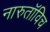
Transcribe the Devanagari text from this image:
नारुतॉविच